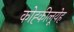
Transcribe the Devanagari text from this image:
कोह्कीलूयेह